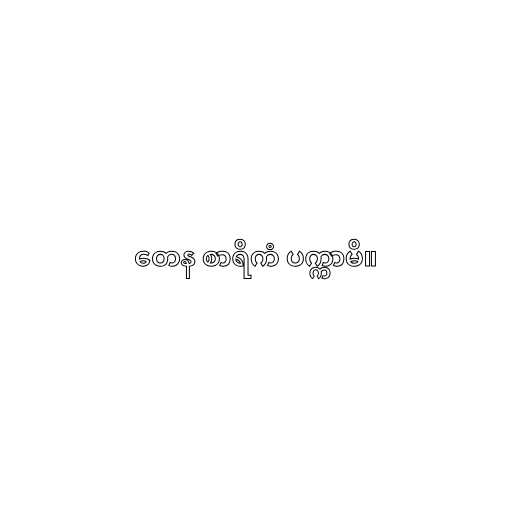
တေန စာရိကံ ပက္ကာမိ။